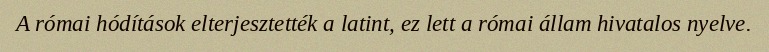
A római hódítások elterjesztették a latint, ez lett a római állam hivatalos nyelve.